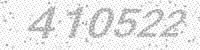
Solution: 410522